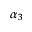
\alpha _ { 3 }